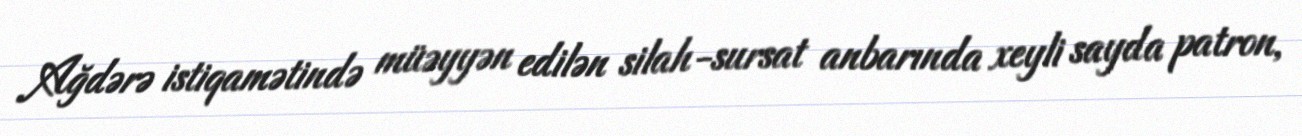
Ağdərə istiqamətində müəyyən edilən silah-sursat anbarında xeyli sayda patron,